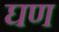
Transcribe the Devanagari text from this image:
घण